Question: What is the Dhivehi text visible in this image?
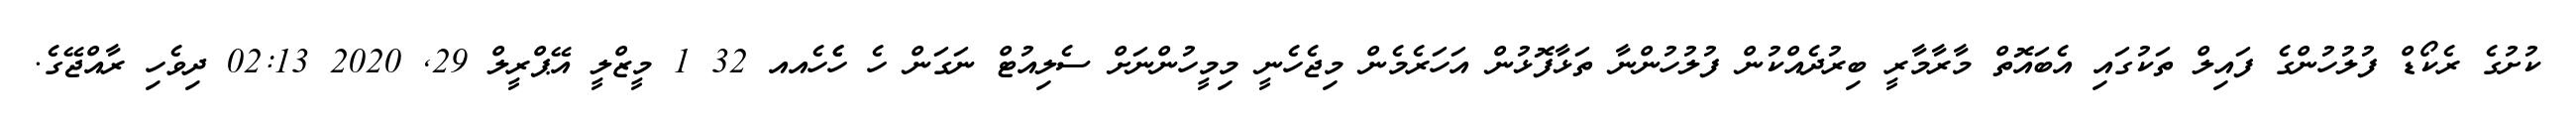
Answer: ކުށުގެ ރެކޯޑް ފުލުހުންގެ ފައިލް ތަކުގައި އެބައޮތް މާރާމާރީ ބިރުދެއްކުން ފުލުހުންނާ ތަޅާފޮޅުން އަހަރެމެން މިޖެހެނީ މިމީހުންނަށް ސެލިއުޓް ނަގަން ހެ ހެެހެއއ 32 1 މީޒްލީ އޭޕްރީލް 29, 2020 02:13 ދިވެހި ރާއްޖޭގެ.